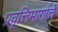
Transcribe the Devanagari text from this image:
प्रवृत्तिमार्गाचे